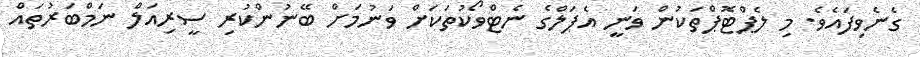
ގެނެވިފައެވެ. މި ލެޕްޓޮޕްތަކުން ވަނީ އެޕަލްގެ ނެޓްވޯކުތަކަށް ވަނުމަށް ބޭނުންކުރި ސީރިއަލް ނަމްބަރުތައް